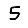
Digit: 5